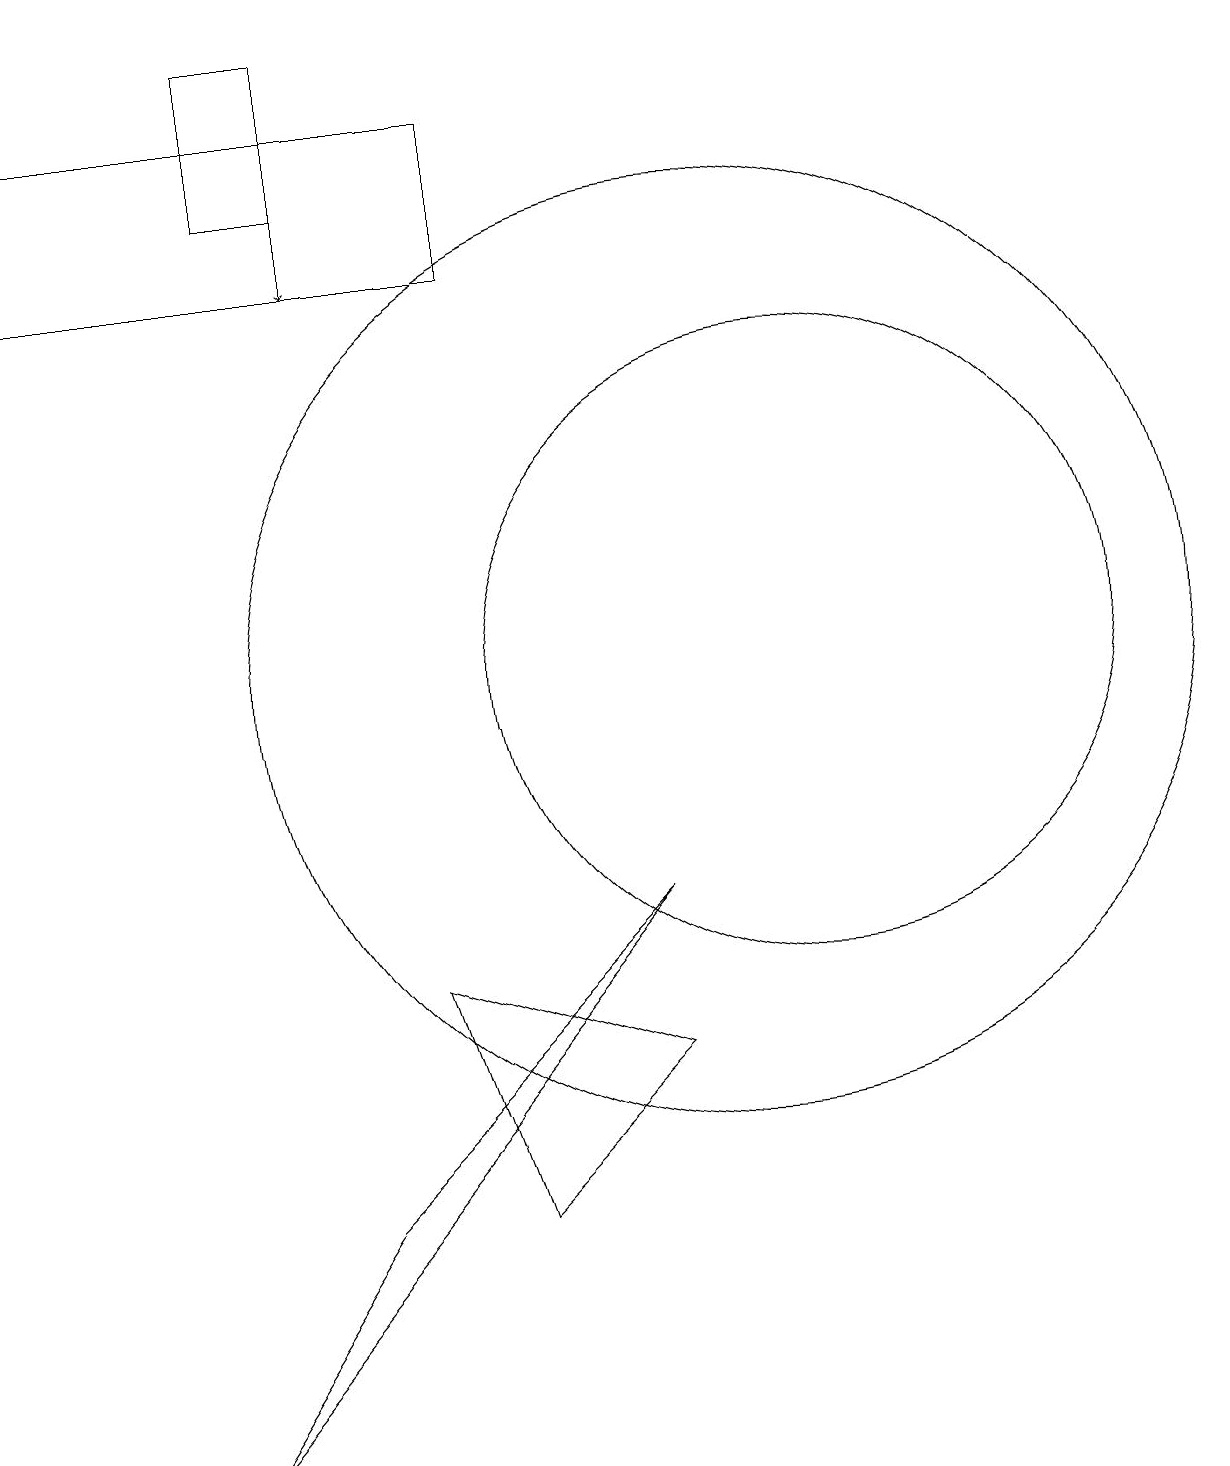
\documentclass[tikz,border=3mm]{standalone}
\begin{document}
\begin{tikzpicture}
\draw (5,3) -- (3,0) -- (9,7) -- cycle;
\draw[->] (5,17) -- (5,15);
\draw (1,15) rectangle (7,17);
\draw (7,3) -- (9,5) -- (6,6) -- cycle;
\draw (11,10) circle (4);
\draw (5,18) rectangle (4,16);
\draw (10,10) circle (6);
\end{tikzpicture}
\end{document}